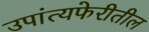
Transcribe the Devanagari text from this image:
उपांत्यफेरीतील